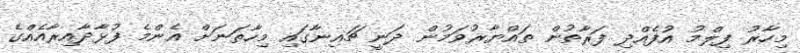
މިހާރު ފިލްމު އުފެއްދި ފަރާތުން ތައްޔާރުވަމުން ދަނީ ޗައިނާގައި މިހާތަނަށް އެންމެ ފުޅާދާއިރާއެއްގެ